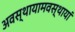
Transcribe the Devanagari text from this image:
अवस्थायामवस्थायां